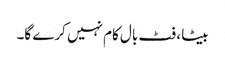
بیٹا ، فٹ بال کام نہیں کرے گا۔